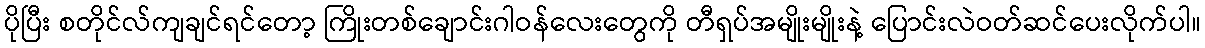
ပိုပြီး စတိုင်လ်ကျချင်ရင်တော့ ကြိုးတစ်ချောင်းဂါဝန်လေးတွေကို တီရှပ်အမျိုးမျိုးနဲ့ ပြောင်းလဲဝတ်ဆင်ပေးလိုက်ပါ။